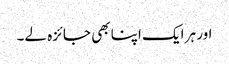
اور ہر ایک اپنا بھی جائزہ لے۔